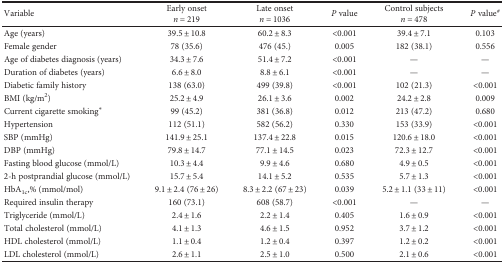
<table><thead><tr><td rowspan="2"><b>Variable</b></td><td><b>Early onset</b></td><td><b>Late onset</b></td><td rowspan="2"><b><i>P</i> value</b></td><td><b>Control subjects</b></td><td rowspan="2"><b><i>P</i> value<sup>#</sup></b></td></tr><tr><td><b><i>n</i> = 219</b></td><td><b><i>n</i> = 1036</b></td><td><b><i>n</i> = 478</b></td></tr></thead><tbody><tr><td>Age (years)</td><td>39.5 ± 10.8</td><td>60.2 ± 8.3</td><td>&lt;0.001</td><td>39.4 ± 7.1</td><td>0.103</td></tr><tr><td>Female gender</td><td>78 (35.6)</td><td>476 (45.)</td><td>0.005</td><td>182 (38.1)</td><td>0.556</td></tr><tr><td>Age of diabetes diagnosis (years)</td><td>34.3 ± 7.6</td><td>51.4 ± 7.2</td><td>&lt;0.001</td><td>—</td><td>—</td></tr><tr><td>Duration of diabetes (years)</td><td>6.6 ± 8.0</td><td>8.8 ± 6.1</td><td>&lt;0.001</td><td>—</td><td>—</td></tr><tr><td>Diabetic family history</td><td>138 (63.0)</td><td>499 (39.8)</td><td>&lt;0.001</td><td>102 (21.3)</td><td>&lt;0.001</td></tr><tr><td>BMI (kg/m<sup>2</sup>)</td><td>25.2 ± 4.9</td><td>26.1 ± 3.6</td><td>0.002</td><td>24.2 ± 2.8</td><td>0.009</td></tr><tr><td>Current cigarette smoking<sup>∗</sup></td><td>99 (45.2)</td><td>381 (36.8)</td><td>0.012</td><td>213 (47.2)</td><td>0.680</td></tr><tr><td>Hypertension</td><td>112 (51.1)</td><td>582 (56.2)</td><td>0.330</td><td>153 (33.9)</td><td>&lt;0.001</td></tr><tr><td>SBP (mmHg)</td><td>141.9 ± 25.1</td><td>137.4 ± 22.8</td><td>0.015</td><td>120.6 ± 18.0</td><td>&lt;0.001</td></tr><tr><td>DBP (mmHg)</td><td>79.8 ± 14.7</td><td>77.1 ± 14.5</td><td>0.023</td><td>72.3 ± 12.7</td><td>&lt;0.001</td></tr><tr><td>Fasting blood glucose (mmol/L)</td><td>10.3 ± 4.4</td><td>9.9 ± 4.6</td><td>0.680</td><td>4.9 ± 0.5</td><td>&lt;0.001</td></tr><tr><td>2-h postprandial glucose (mmol/L)</td><td>15.7 ± 5.4</td><td>14.1 ± 5.2</td><td>0.535</td><td>5.7 ± 1.3</td><td>&lt;0.001</td></tr><tr><td>HbA<sub>1c</sub>,% (mmol/mol)</td><td>9.1 ± 2.4 (76 ± 26)</td><td>8.3 ± 2.2 (67 ± 23)</td><td>0.039</td><td>5.2 ± 1.1 (33 ± 11)</td><td>&lt;0.001</td></tr><tr><td>Required insulin therapy</td><td>160 (73.1)</td><td>608 (58.7)</td><td>&lt;0.001</td><td>—</td><td>—</td></tr><tr><td>Triglyceride (mmol/L)</td><td>2.4 ± 1.6</td><td>2.2 ± 1.4</td><td>0.405</td><td>1.6 ± 0.9</td><td>&lt;0.001</td></tr><tr><td>Total cholesterol (mmol/L)</td><td>4.1 ± 1.3</td><td>4.6 ± 1.5</td><td>0.952</td><td>3.7 ± 1.2</td><td>&lt;0.001</td></tr><tr><td>HDL cholesterol (mmol/L)</td><td>1.1 ± 0.4</td><td>1.2 ± 0.4</td><td>0.397</td><td>1.2 ± 0.2</td><td>&lt;0.001</td></tr><tr><td>LDL cholesterol (mmol/L)</td><td>2.6 ± 1.1</td><td>2.5 ± 1.0</td><td>0.500</td><td>2.1 ± 0.6</td><td>&lt;0.001</td></tr></tbody></table>